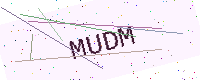
Text: MUDM